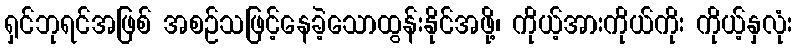
ရှင်ဘုရင်အဖြစ် အစဉ်သဖြင့်နေခဲ့သောထွန်းနိုင်အဖို့၊ ကိုယ့်အားကိုယ်ကိုး ကိုယ့်နှလုံး